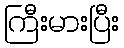
ကြီးမားပြီး